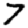
Digit: 7